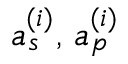
a _ { s } ^ { ( i ) } , \, a _ { p } ^ { ( i ) }